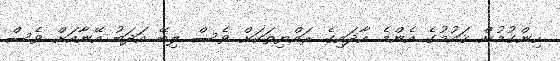
ހިންގުމުން ޤައުމުގެ އެންމެ އާދައިގެ ރައްޔިތަކަށް ވެސް ލިބޭ އަދަބު އޭނާއަށް ވެސް